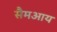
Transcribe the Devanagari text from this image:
सैमआय